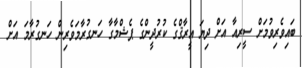
ބައިވެރިވުމަށް ސީރިއާ އަށް ދިޔަ އީރާޤްގެ ކުރުދީންގެ ޕެޝްމާގާ ހަނގުރާމަވެރިން ހަނގުރާމަ އަށް